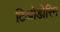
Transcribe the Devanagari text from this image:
टिओडोरिन